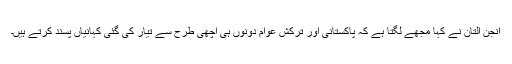
انجن التان نے کہا مجھے لگتا ہے کہ پاکستانی اور ترکش عوام دونوں ہی اچھی طرح سے تیار کی گئی کہانیاں پسند کرتے ہیں۔